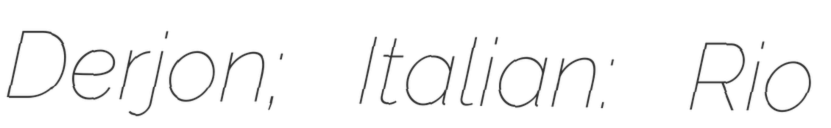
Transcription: Derjon; Italian: Rio